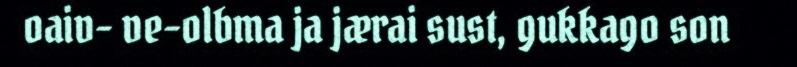
oaiv- ve-olbma ja jærai sust, gukkago son